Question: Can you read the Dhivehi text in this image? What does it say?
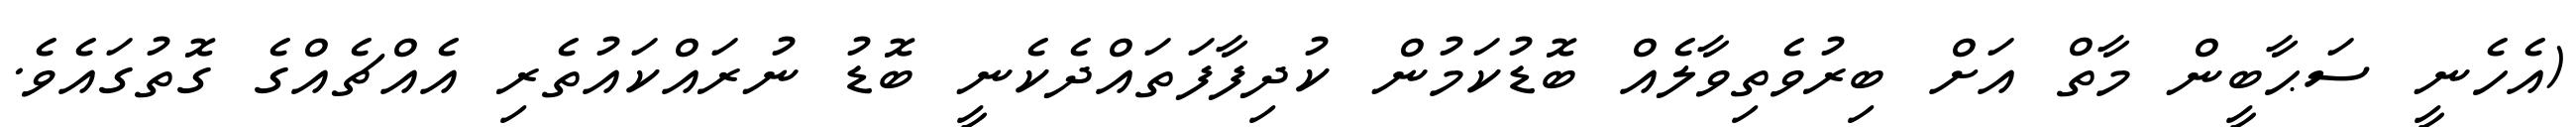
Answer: (އެހެނީ ސަޙާބީން މާތް އަށް ބިރުވެތިވާލެއް ބޮޑުކަމުން ކުދިފާފަތައްދެކެނީ ބޮޑު ނުރައްކައުތެރި އެއްޗެއްގެ ގޮތުގައެވެ.